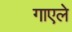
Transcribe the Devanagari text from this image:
गाएले